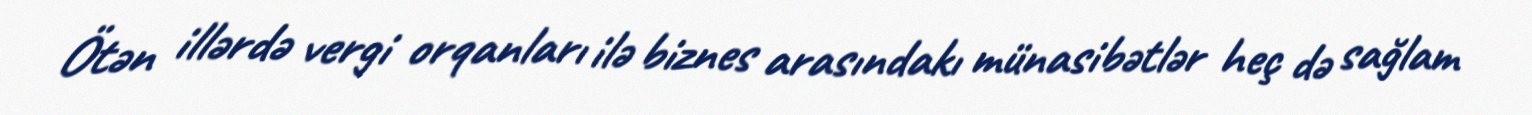
Ötən illərdə vergi orqanları ilə biznes arasındakı münasibətlər heç də sağlam